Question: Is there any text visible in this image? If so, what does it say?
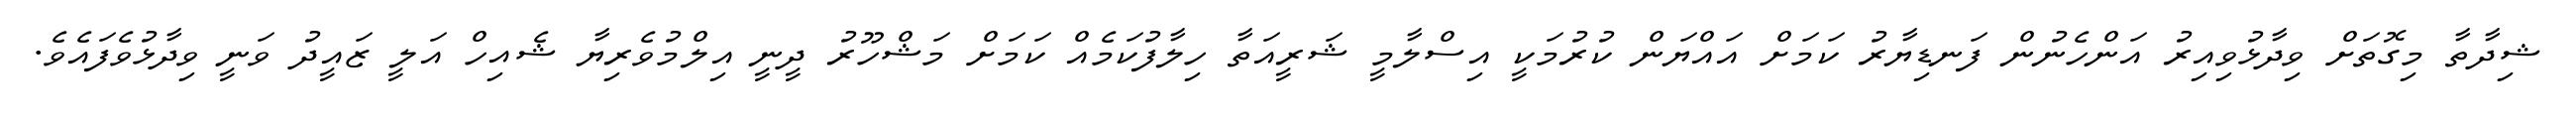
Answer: ޝިދާތާ މިގޮތަށް ވިދާޅުވިއިރު އަންހެނުން ފަނޑިޔާރު ކަމަށް އައްޔަން ކުރުމަކީ އިސްލާމީ ޝަރީއަތާ ހިލާފުކަމެއް ކަމަށް މަޝްހޫރު ދީނީ އިލްމުވެރިޔާ ޝެއިހް އަލީ ޒައީދު ވަނީ ވިދާޅުވެފައެވެ.